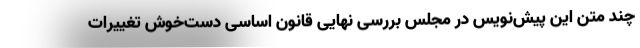
چند متن این پیش‌نویس در مجلس بررسی نهایی قانون اساسی دست‌خوش تغییرات